Annual administration and progress report of the Indian Medical Department, Bombay
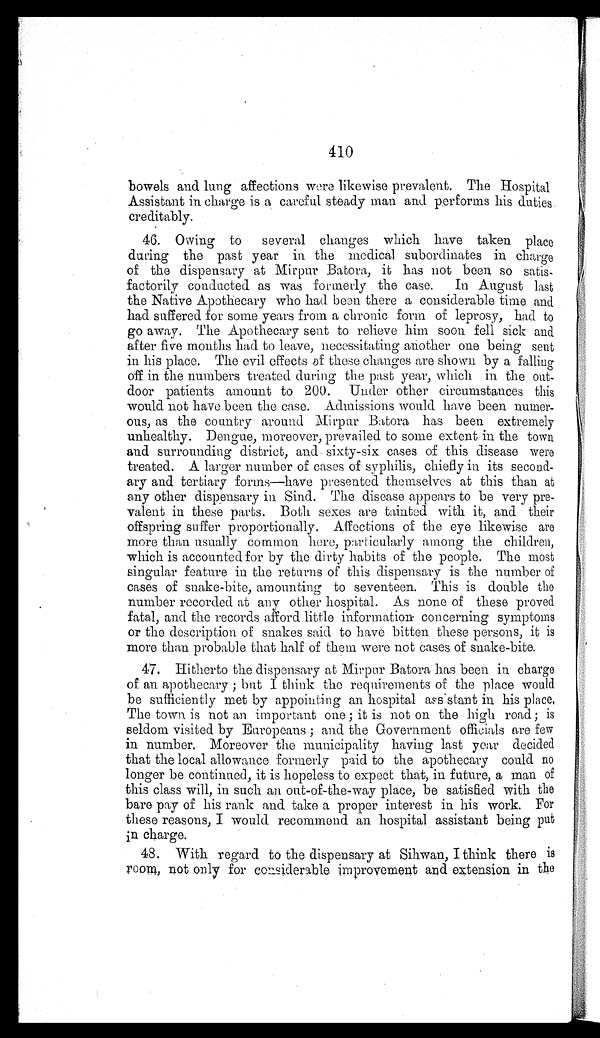
410
bowels and lung affections were likewise prevalent. The Hospital
Assistant in charge is a careful steady man and performs his duties
creditably.
46. Owing to several changes which have taken place
during the past year in the medical subordinates in charge
of the dispensary at Mirpur Batora, it has not been so satis
-factorily conducted as was formerly the case. In August last
the Native Apothecary who had been there a considerable time and
had suffered for some years from a chronic form of leprosy, had to
go away. The Apothecary sent to relieve him soon fell sick and
after five months had to leave, necessitating another one being sent
in his place. The evil effects of these changes are shown by a falling
off in the numbers treated during the past year, which in the out
-door patients amount to 200. Under other circumstances this
would not have been the case. Admissions would have been numer
-ous, as the country around Mirpur Batora has been extremely
unhealthy. Dengue, moreover, prevailed to some extent in the town
and surrounding district, and sixty-six cases of this disease were
treated. A larger number of cases of syphilis, chiefly in its second
-ary and tertiary forms—have presented themselves at this than at
any other dispensary in Sind. The disease appears to be very pre
-valent in these parts. Both sexes are tainted with it, and their
offspring suffer proportionally. Affections of the eye likewise are
more than usually common here, particularly among the children,
which is accounted for by the dirty habits of the people. The most
singular feature in the returns of this dispensary is the number of
cases of snake-bite, amounting to seventeen. This is double the
number recorded at any other hospital. As none of these proved
fatal, and the records afford little information concerning symptoms
or the description of snakes said to have bitten these persons, it is
more than probable that half of them were not cases of snake-bite.
47. Hitherto the dispensary at Mirpur Batora has been in charge
of an apothecary; but I think the requirements of the place would
be sufficiently met by appointing an hospital assistant in his place
. The town is not an important one; it is not on the high road; is
seldom visited by Europeans; and the Government officials are few
in number. Moreover the municipality having last year decided
that the local allowance formerly paid to the apothecary could no
longer be continued, it is hopeless to expect that, in future, a man of
this class will, in such an out-of-the-way place, be satisfied with the
bare pay of his rank and take a proper interest in his work. For
these reasons, I would recommend an hospital assistant being put
in charge.
48. With regard to the dispensary at Sihwan, I think there is
room, not only for considerable improvement and extension in the